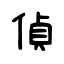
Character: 偵